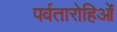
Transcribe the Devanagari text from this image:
पर्वतारोहिओं